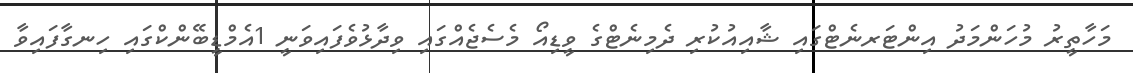
މަހާތީރު މުހަންމަދު އިންޓަރނެޓްގައި ޝާއިއުކުރި ދެމިނެޓްގެ ވީޑިއޯ މެސެޖެއްގައި ވިދާޅުވެފައިވަނީ 1އެމްޑީބޭންކްގައި ހިނގާފައިވާ